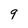
Character: q